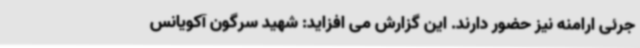
جرئی ارامنه نیز حضور دارند. این گزارش می افزاید: شهید سرگون آکویانس